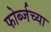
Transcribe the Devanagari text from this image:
फोर्ब्जच्या